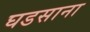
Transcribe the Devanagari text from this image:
घडसाना